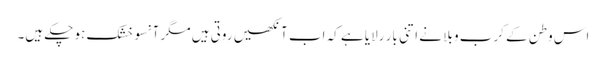
اس وطن کے کرب و بلا نے اتنی بار رلایا ہے کہ اب آنکھیں روتی ہیں مگر آنسو خشک ہو چکے ہیں۔